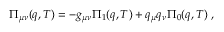
\Pi _ { \mu \nu } ( q , T ) = - g _ { \mu \nu } \Pi _ { 1 } ( q , T ) + q _ { \mu } q _ { \nu } \Pi _ { 0 } ( q , T ) \; ,